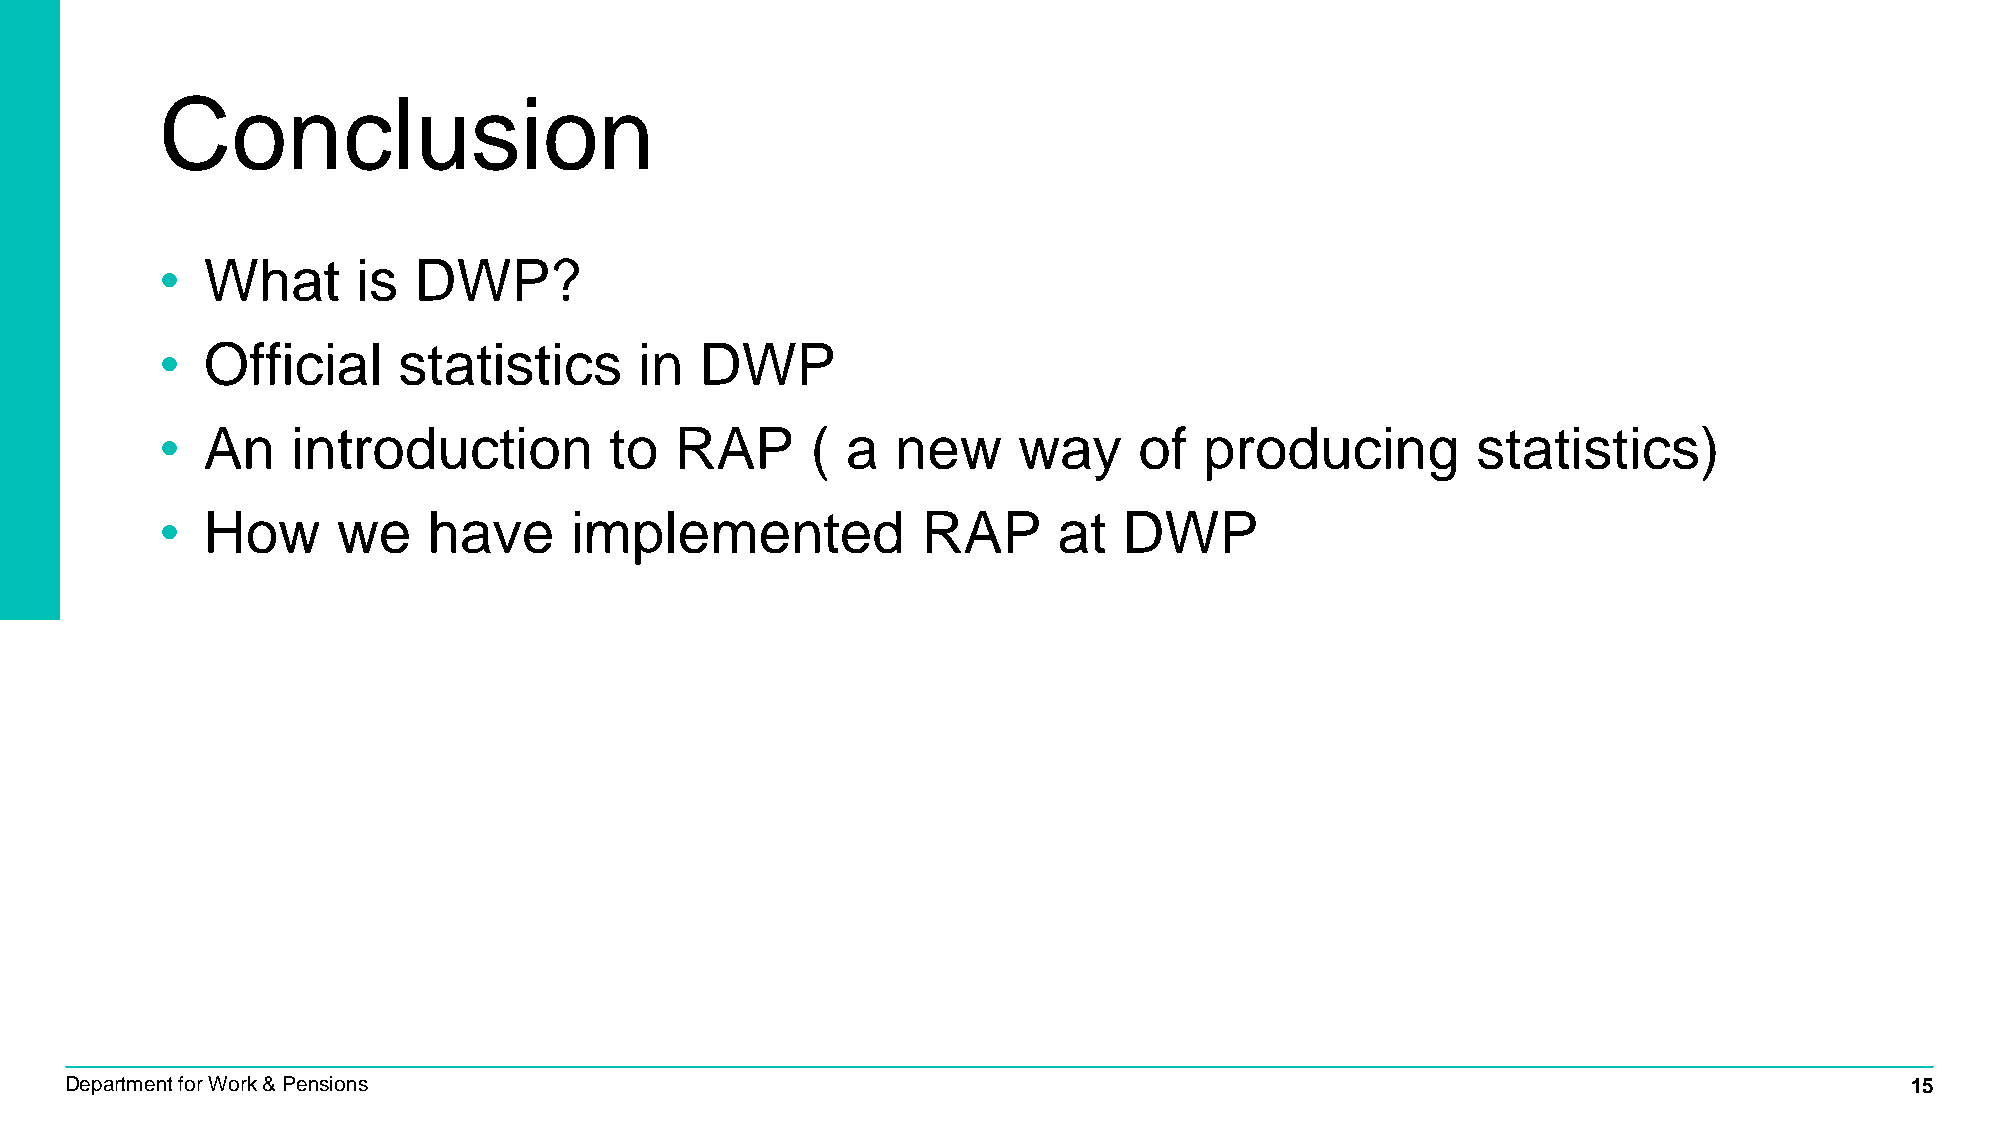
Conclusion
 • What       is DWP?
 • Official     statistics      in  DWP
 • An    introduction         to   RAP      ( a  new     way     of   producing         statistics)
 • How      we    have      implemented            RAP      at  DWP
 Department for Work & Pensions                                                                                            15